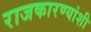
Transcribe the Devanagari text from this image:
राजकारण्यांशी